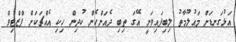
އަޅުގަނޑަށް މައުލޫމާތު ލިބިފައިވަނީ އޭގަ ތިބި ދެއަންހެން ކުދިން ހިކި އެއްޗަކަށް ޕްޒްޓިވް